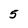
Character: 5